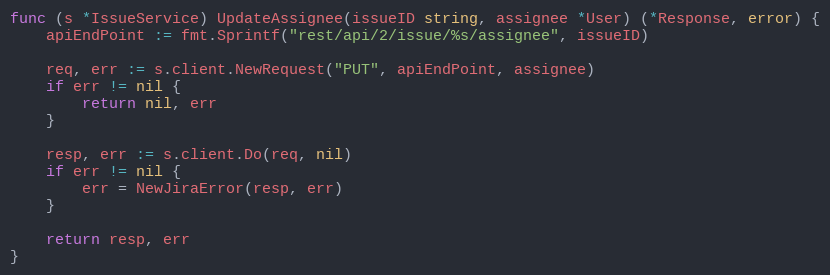
Language: Go
func (s *IssueService) UpdateAssignee(issueID string, assignee *User) (*Response, error) {
	apiEndPoint := fmt.Sprintf("rest/api/2/issue/%s/assignee", issueID)

	req, err := s.client.NewRequest("PUT", apiEndPoint, assignee)
	if err != nil {
		return nil, err
	}

	resp, err := s.client.Do(req, nil)
	if err != nil {
		err = NewJiraError(resp, err)
	}

	return resp, err
}